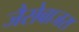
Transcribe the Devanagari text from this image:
जैसेबाजरा